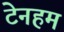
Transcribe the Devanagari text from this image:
टेनहम